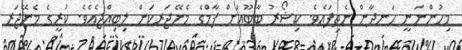
މިހުންނަނީ ހަނދާން ނެތިފައެވެ. ކިޝޯރު ބާބޫއަށް ފާމްގެ މެނޭޖަރކަން ލިބިއްޖެއެވެ. ކުރީގެ މެނޭޖަރ